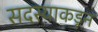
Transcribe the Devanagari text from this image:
सदस्याकडून